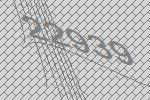
22939